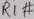
Text: R1#